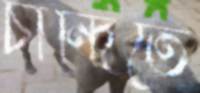
চান্দিতে